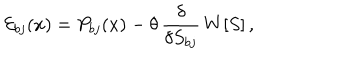
{ \cal E } _ { b j } ( x ) = P _ { b j } ( x ) - \theta \, \frac { \delta } { \delta S _ { b j } } \, W [ S ] \, ,